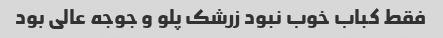
فقط کباب خوب نبود زرشک پلو و جوجه عالی بود